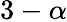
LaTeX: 3-\alpha